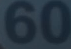
60